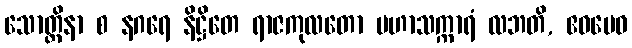
သောတ္ထိနာ စ နဂရေ နိဋ္ဌိတေ ရာဇကုလတော မဟာသက္ကာရံ လဘတိ, ဧဝမေဝ